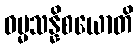
ဓမ္မသန္နိစယောတိ